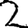
Digit: 2